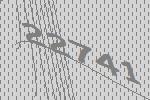
22741